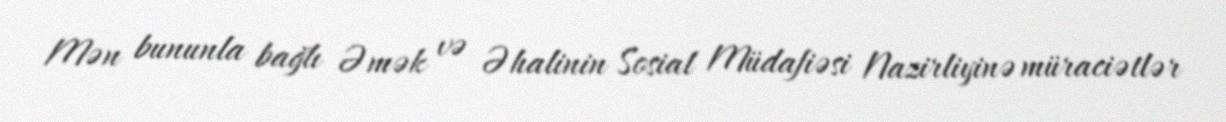
Mən bununla bağlı Əmək və Əhalinin Sosial Müdafiəsi Nazirliyinə müraciətlər